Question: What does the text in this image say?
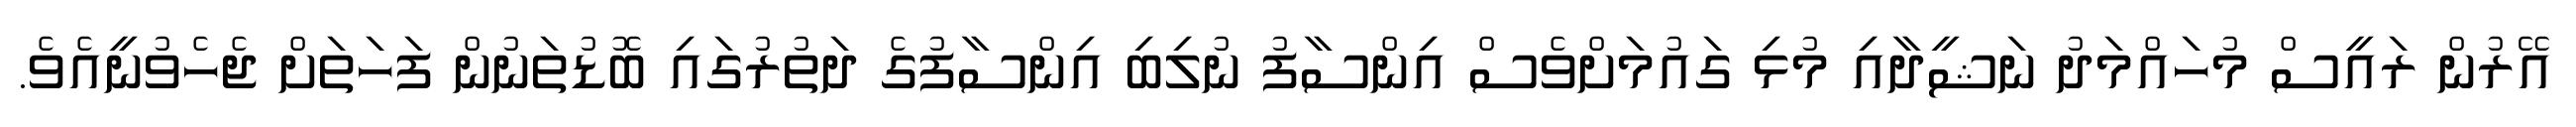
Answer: އޭރުން ރައީސް މުހައްމަދު ނަޝީދާއި މުޅި ގައުމަށްވެސް އިންސާފު ނުލިބި އިންސާފުގެ ދަތުރުގައި ބޮޑުތަނުން ފަހަތަށް ޖެހެވުނީއެވެ.